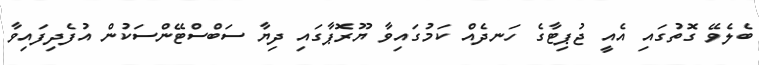
ބެލެވޭ ގޮތުގައި އެއީ ޖުޕިޓާގެ ހަނދެއް ކަމުގައިވާ ޔޫރޮޕާގައި ދިޔާ ސަބްސްޓޭންސަކުން އުފެދިފައިވާ